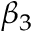
\beta _ { 3 }